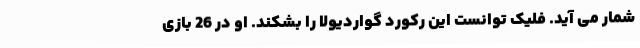
شمار می آید. فلیک توانست این رکورد گواردیولا را بشکند. او در 26 بازی